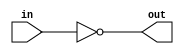
// Not(in) = Nand(in, in)
module not_0(
  input wire in,
  output wire out
);
  nand(out, in, in);
endmodule